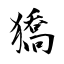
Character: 獢